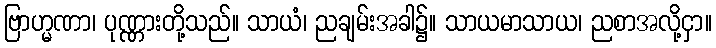
ဗြာဟ္မဏာ၊ ပုဏ္ဏားတို့သည်။ သာယံ၊ ညချမ်းအခါ၌။ သာယမာသာယ၊ ညစာအလို့ငှာ။